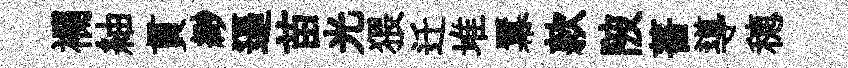
襴紬貫緲逼苗光猥迁堆羃款陂薔導穂